system: You are a helpful assistant.
user:
Analyze the provided spectrum to determine if it is a **M-type Giant (gM)**.

A M-type Giant spectrum is defined by its **strong molecular absorption** features, particularly from **Titanium Oxide (TiO)**. You must check for one of the following mutually exclusive signatures:

- **Key Visual Indicators (Absorption-Dominated Spectrum):**

    - **(Primary):** The spectrum is dominated by strong molecular absorption from **Titanium Oxide (TiO)**. This is the **defining feature** of its M-type temperature class.
        - **(Key Bandheads):** Look for sharp, "saw-tooth" absorption valleys. The strongest are located near **~7050 Å**, **~6160 Å**, and **~5170 Å**.
        - **(Line Profile):** The "saw-tooth" morphology is critical: a **sharp, steep drop on the BLUE (short-wavelength) side** of the bandhead, followed by a gradual recovery (rising flux) towards the RED (long-wavelength) side.

    - **(Key Confirmation - Giant vs. Dwarf):** **ABSENCE** of strong **Calcium Hydride (CaH)** molecular bands. This is the primary diagnostic for *excluding* M-dwarfs.
        - **(Key Region):** The spectrum should lack the strong, broad absorption band seen in dwarfs between **~6800 Å and ~7000 Å**.

    - **(Secondary Confirmation - Giant):** A very strong and broad **Neutral Calcium (Ca I)** atomic absorption line.
        - **(Key Line):** Located at **~4226 Å**. In a giant (gM), this line is significantly deeper and broader than the same line in an M-dwarf (dM) due to low surface gravity.

    - **(Overall Spectrum):**
        - The continuum is **extremely red-sloping** (i.e., flux is very low in the blue and rises dramatically towards the red).
        - The entire spectrum appears "chopped up" by the deep TiO bands.

Think first, call **spectral_visualization_tool** if needed to examine features in detail, then provide your final answer. Your response must adhere to the following strict rules:
1.  **Overall Structure:** Your response must follow the format `<think>...</think> <tool_call>...</tool_call> (if a tool is used) <answer>...</answer>`.
2.  **Tool Usage Constraint:** You may only make **one** tool call per turn.
3.  **Final Answer Format:** In the `<answer>` tag, your conclusion must be inside a `\boxed{}` command (e.g., `\boxed{YES}` or `\boxed{NO}`), followed by your justification.

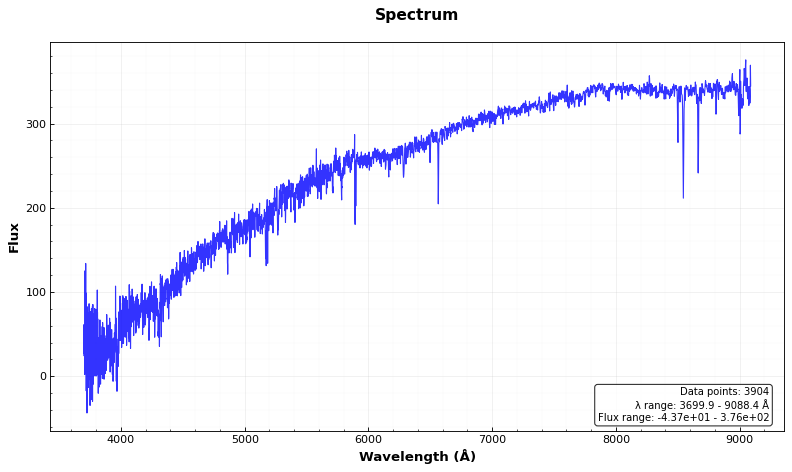
Answer: NO